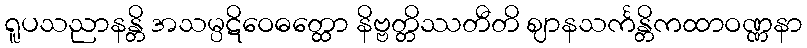
ရူပသညာနန္တိ အသမ္ပဋိဝေဓတ္ထော နိဗ္ဗတ္တိဿတီတိ ဈာနသင်္ကန္တိကထာဝဏ္ဏနာ